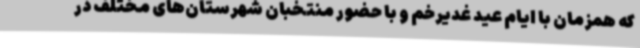
که همزمان با ایام عید غدیرخم و با حضور منتخبان شهرستان‌های مختلف در